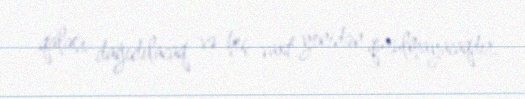
qalası dağıdılacaq və heç vaxt yenidən qurulmayacaqdır.